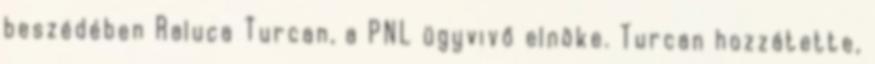
beszédében Raluca Turcan, a PNL ügyvivő elnöke. Turcan hozzátette,